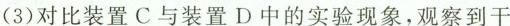
(3)对比装置C与装置D中的实验现象，观察到干